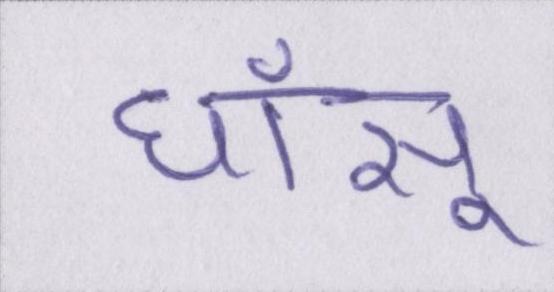
धाँसू